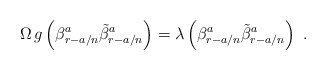
\begin{align*}\Omega\, g \left(\beta^{a}_{r-a/n}\tilde{\beta}^a_{r-a/n}\right)=\lambda \left(\beta^{a}_{r-a/n}\tilde{\beta}^a_{r-a/n}\right)\,\,.\end{align*}